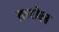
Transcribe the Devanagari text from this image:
क़रोल